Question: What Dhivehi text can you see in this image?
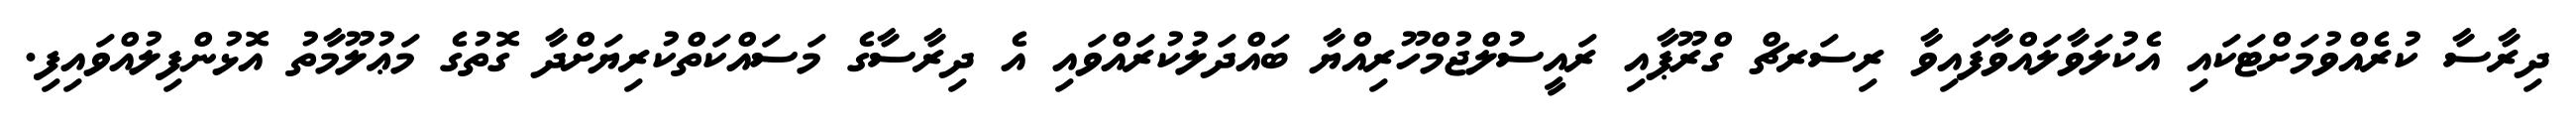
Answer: ދިރާސާ ކުރެއްވުމަށްޓަކައި އެކުލަވާލައްވާފައިވާ ރިސަރޗް ގްރޫޕާއި ރައީސުލްޖުމްހޫރިއްޔާ ބައްދަލުކުރައްވައި އެ ދިރާސާގެ މަސައްކަތްކުރިޔަށްދާ ގޮތުގެ މަޢުލޫމާތު އޮޅުންފިލުއްވައިފި.